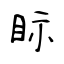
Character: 眎